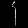
Digit: ၄